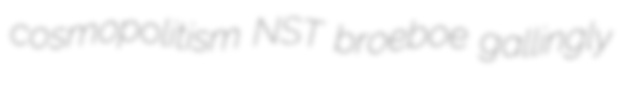
cosmopolitism NST broeboe gallingly